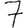
Digit: 7